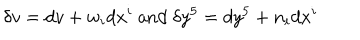
\delta v = d v + w _ { i } d x ^ { i } \mathrm { ~ a n d ~ } \delta y ^ { 5 } = d y ^ { 5 } + n _ { i } d x ^ { i }